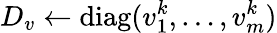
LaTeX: D_{v}\leftarrow\operatorname{diag}(v_{1}^{k},\ldots,v_{m}^{k})